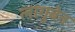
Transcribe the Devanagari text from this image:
लागुबेन